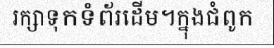
រក្សាទុកទំព័រដើម។ក្នុងជំពូក